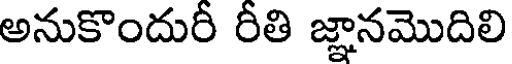
అనుకొందురీ రీతి జ్ఞానమొదిలి